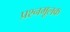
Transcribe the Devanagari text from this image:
प्रश्नमूलक